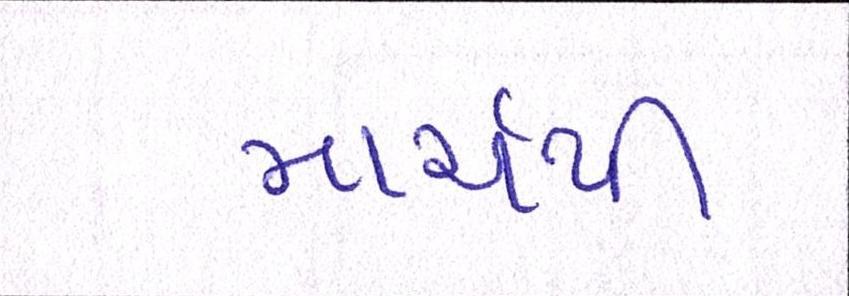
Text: માર્ચથી